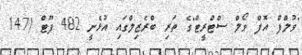
"ވުލްފް އޮފް ވޯލް ސްޓްރީޓް"ގެ ތަރި ބްރެޒިލްގައި އުޅެނީ 482 ފޫޓް (147